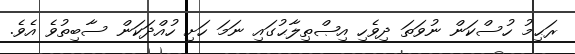
ރަޙިމު ހުސްކަން ނުވަތަ ދިވެހި އިޞްޠިލާޙުގައި ނަމަ ހަށި ހުއްދަކަން ސާބިތުވެ އެވެ.